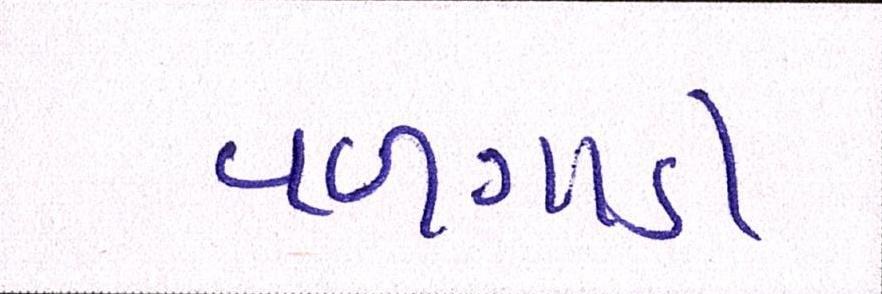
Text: વળગાડી